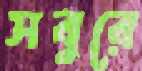
সবুরে